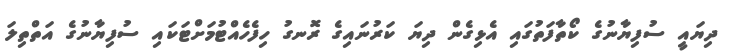
ދިޔައީ ސުފިޔާނުގެ ކޯތާފަތުގައި އެޅިގެން ދިޔަ ކަރުނައިގެ ރޮނގު ހިފެހެއްޓުމަށްޓަކައި ސުފިޔާނުގެ އަތްތިލަ